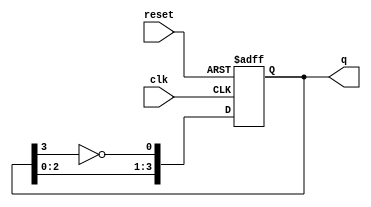
module johnson_counter #(
    parameter n = 4  // Number of flip-flops
) (
    input wire clk,           // Clock input
    input wire reset,         // Asynchronous reset
    output reg [n-1:0] q      // Counter output
);

// Sequential logic for the Johnson counter
always @(posedge clk or posedge reset) begin
    if (reset) begin
        q <= 0; // Reset the counter to 0
    end else begin
        q <= {q[n-2:0], ~q[n-1]}; // Feedback mechanism
    end
end

endmodule